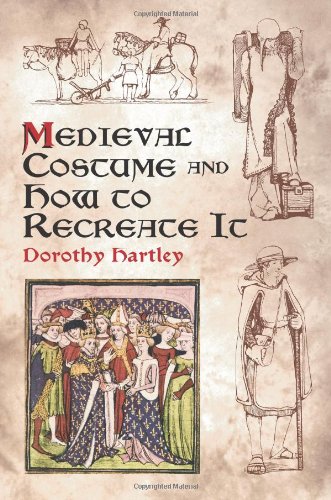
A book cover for Medieval Costume and How to Recreate It (Dover Fashion and Costumes); Dorothy Hartley; Crafts, Hobbies & Home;